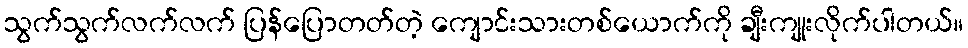
သွက်သွက်လက်လက် ပြန်ပြောတတ်တဲ့ ကျောင်းသားတစ်ယောက်ကို ချီးကျုးလိုက်ပါတယ်။